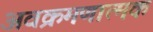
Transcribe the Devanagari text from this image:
अवक्रमणात्मक